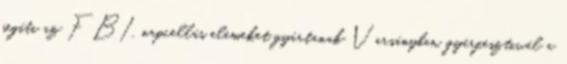
segíti az FBI, napcellás elemeket gyártanak Varsányban, gyárfesztivál a